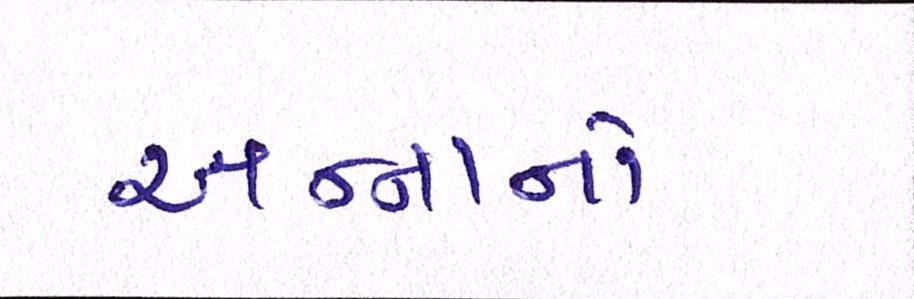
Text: અન્નાનો